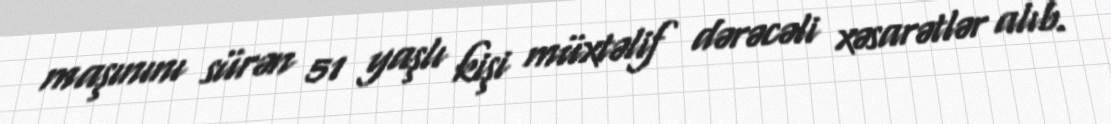
maşınını sürən 51 yaşlı kişi müxtəlif dərəcəli xəsarətlər alıb.